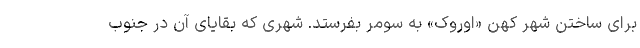
برای ساختن شهر کهن «اوروک» به سومر بفرستد. شهری که بقایای آن در جنوب